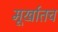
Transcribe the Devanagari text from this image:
मूर्खातच